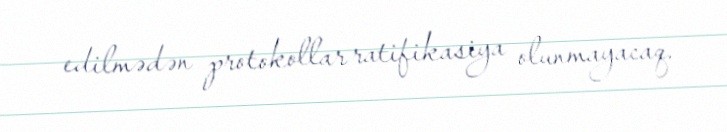
edilmədən protokollar ratifikasiya olunmayacaq.